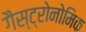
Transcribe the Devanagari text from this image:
गैस्ट्रोनोमिक